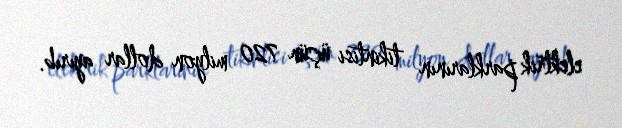
elektrik parklarının tikintisi üçün 720 milyon dollar ayırıb.